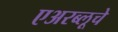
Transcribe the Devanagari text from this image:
एअरब्लूचे